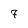
Character: 7